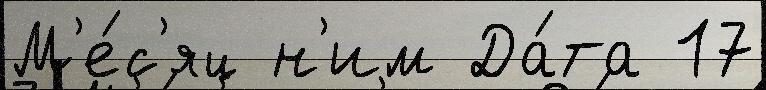
М'е́с'яц н'им Да́та 17